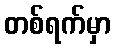
တစ်ရက်မှာ